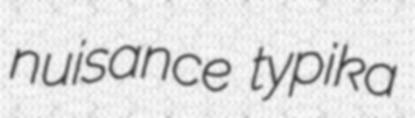
nuisance typika